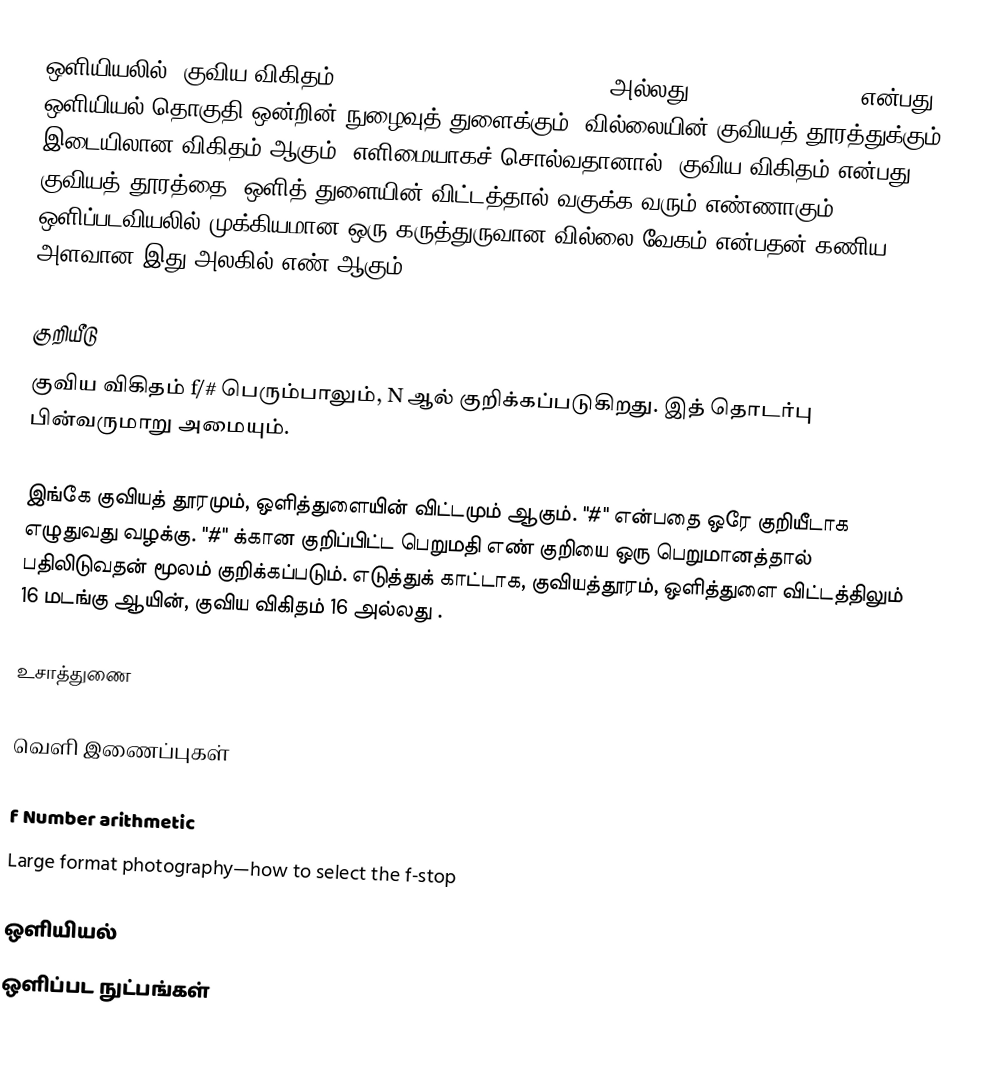
ஒளியியலில், குவிய விகிதம் (Focal ratio, f-ratio, f-stop, அல்லது relative aperture) என்பது, ஒளியியல் தொகுதி ஒன்றின் நுழைவுத் துளைக்கும், வில்லையின் குவியத் தூரத்துக்கும் இடையிலான விகிதம் ஆகும். எளிமையாகச் சொல்வதானால், குவிய விகிதம் என்பது, குவியத் தூரத்தை, ஒளித் துளையின் விட்டத்தால் வகுக்க வரும் எண்ணாகும். ஒளிப்படவியலில் முக்கியமான ஒரு கருத்துருவான வில்லை வேகம் என்பதன் கணிய அளவான இது அலகில் எண் ஆகும்.

குறியீடு
குவிய விகிதம் f/# பெரும்பாலும், N ஆல் குறிக்கப்படுகிறது. இத் தொடர்பு பின்வருமாறு அமையும்.

இங்கே  குவியத் தூரமும்,  ஒளித்துளையின் விட்டமும் ஆகும். "#" என்பதை ஒரே குறியீடாக எழுதுவது வழக்கு. "#" க்கான குறிப்பிட்ட பெறுமதி எண் குறியை ஒரு பெறுமானத்தால் பதிலிடுவதன் மூலம் குறிக்கப்படும். எடுத்துக் காட்டாக, குவியத்தூரம், ஒளித்துளை விட்டத்திலும் 16 மடங்கு ஆயின், குவிய விகிதம் 16 அல்லது .

உசாத்துணை

வெளி இணைப்புகள்

 f Number arithmetic
 Large format photography—how to select the f-stop

ஒளியியல்
ஒளிப்பட நுட்பங்கள்